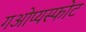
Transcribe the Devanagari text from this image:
गओप्यस्फोट